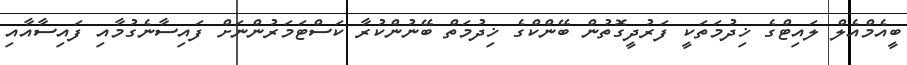
ބީއެމްއެލް ލައިޓްގެ ޚިދުމަތަކީ ފަރުދީގޮތުން ބޭންކްގެ ޚިދުމަތް ބޭނުންކުރާ ކަސްޓަމަރުންނަށް ފައިސާނެގުމާއި ފައިސާއާއި